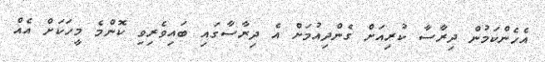
އެހެންކަމުން ދިރާސާ ކުރިއަށް ގެންދިއުމަށް އެ ދިރާސާގައި ބައިވެރިވި ކޮންމެ މީހަކަށް އެއް